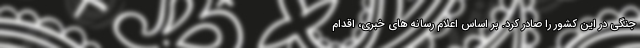
جنگی در این کشور را صادر کرد. بر اساس اعلام رسانه های خبری، اقدام